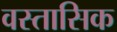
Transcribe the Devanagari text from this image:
वस्तासिक